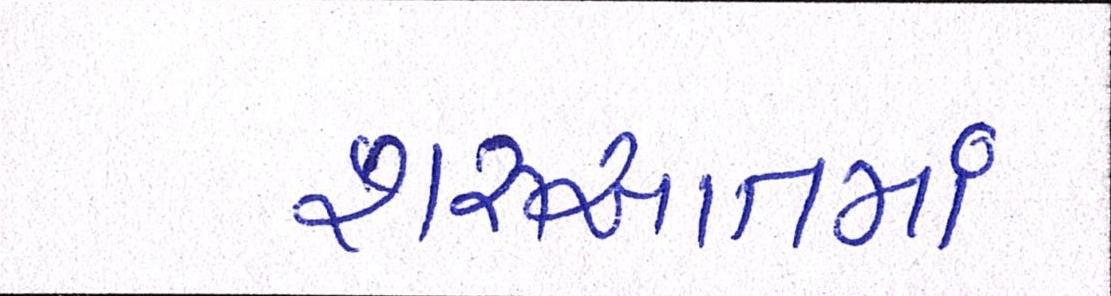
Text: શરૂઆતમાં